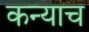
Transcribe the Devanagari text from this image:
कन्याच